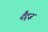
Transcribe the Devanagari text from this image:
दैट्ज़